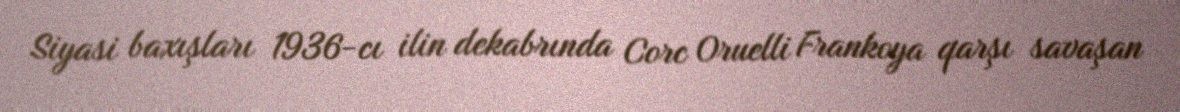
Siyasi baxışları 1936-cı ilin dekabrında Corc Oruelli Frankoya qarşı savaşan